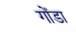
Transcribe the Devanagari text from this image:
गोँडा